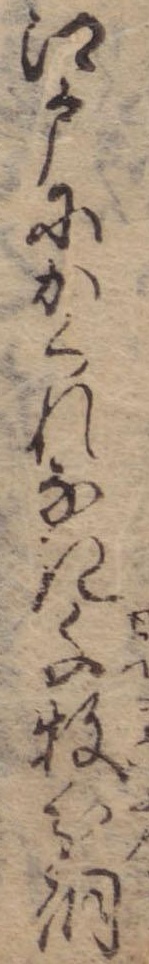
江戸にかくれなき千牧分銅